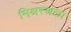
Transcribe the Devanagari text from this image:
मिश्रस्थला